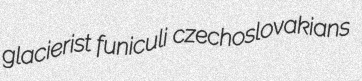
glacierist funiculi czechoslovakians